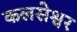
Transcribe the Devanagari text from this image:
कलसेश्वर